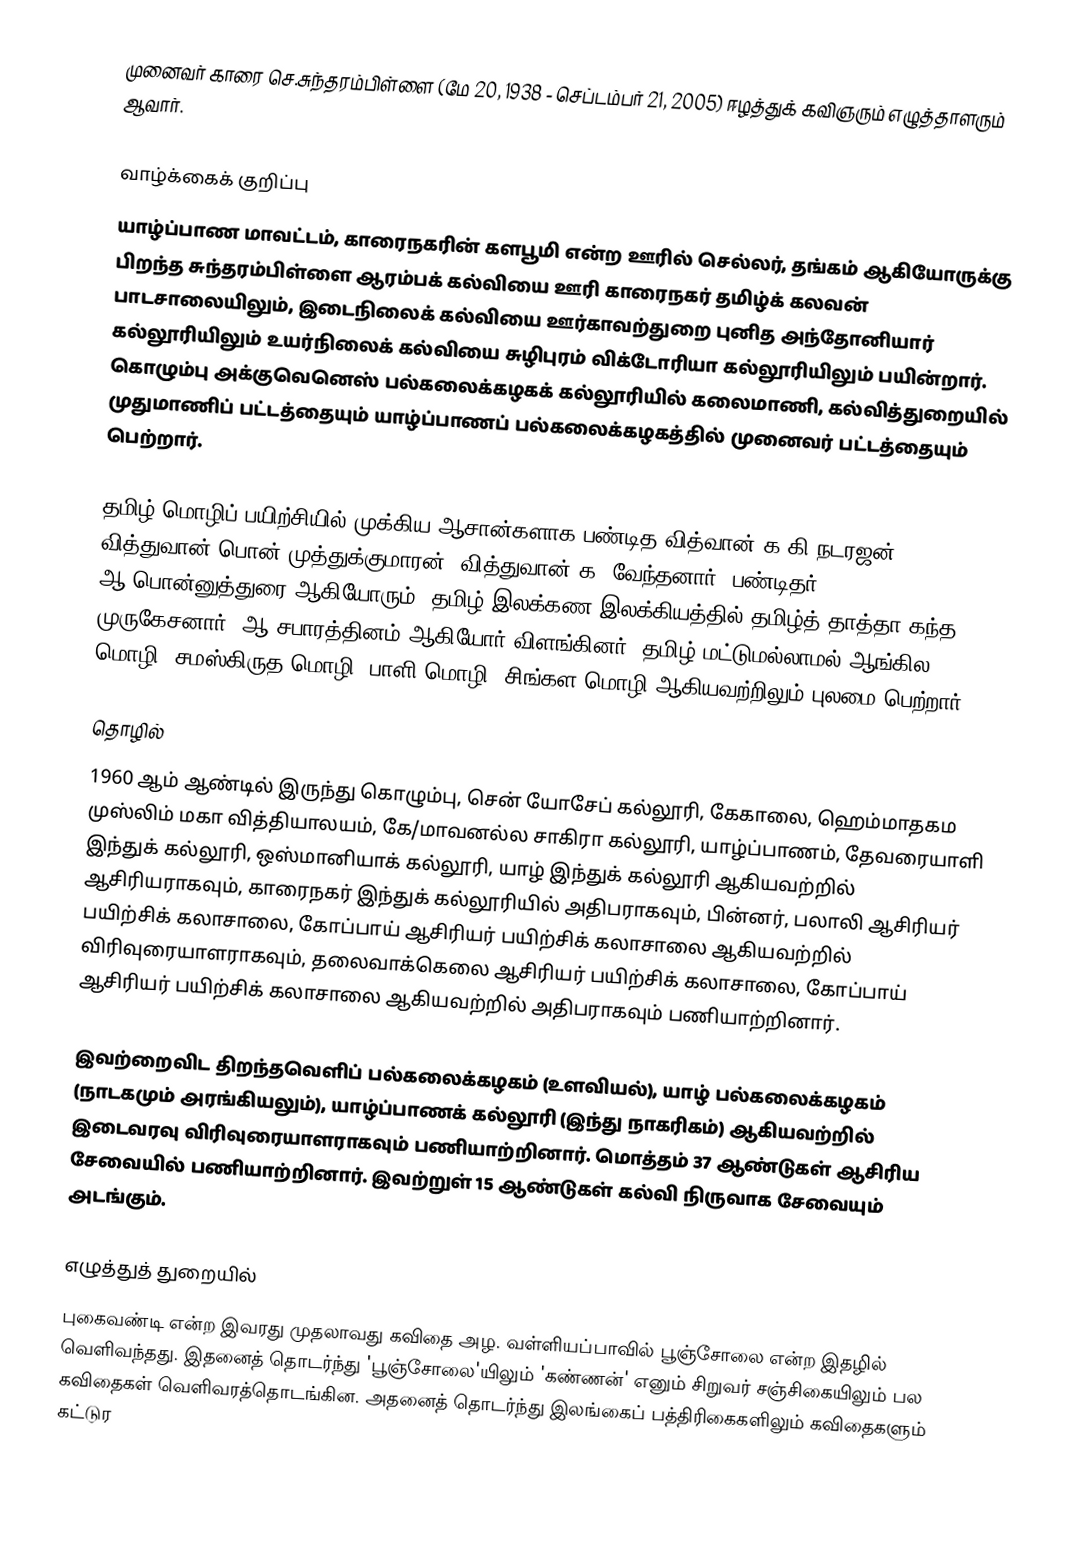
முனைவர் காரை செ.சுந்தரம்பிள்ளை (மே 20, 1938 - செப்டம்பர் 21, 2005) ஈழத்துக் கவிஞரும் எழுத்தாளரும் ஆவார்.

வாழ்க்கைக் குறிப்பு
யாழ்ப்பாண மாவட்டம், காரைநகரின் களபூமி என்ற ஊரில் செல்லர், தங்கம் ஆகியோருக்கு பிறந்த சுந்தரம்பிள்ளை ஆரம்பக் கல்வியை ஊரி காரைநகர் தமிழ்க் கலவன் பாடசாலையிலும், இடைநிலைக் கல்வியை ஊர்காவற்துறை புனித அந்தோனியார் கல்லூரியிலும் உயர்நிலைக் கல்வியை சுழிபுரம் விக்டோரியா கல்லூரியிலும் பயின்றார். கொழும்பு அக்குவெனெஸ் பல்கலைக்கழகக் கல்லூரியில் கலைமாணி, கல்வித்துறையில் முதுமாணிப் பட்டத்தையும் யாழ்ப்பாணப் பல்கலைக்கழகத்தில் முனைவர் பட்டத்தையும் பெற்றார்.

தமிழ் மொழிப் பயிற்சியில் முக்கிய ஆசான்களாக பண்டித வித்வான் க.கி.நடரஜன், வித்துவான் பொன் முத்துக்குமாரன், வித்துவான் க. வேந்தனார், பண்டிதர் ஆ.பொன்னுத்துரை ஆகியோரும், தமிழ் இலக்கண இலக்கியத்தில் தமிழ்த் தாத்தா கந்த முருகேசனார், ஆ.சபாரத்தினம் ஆகியோர் விளங்கினர். தமிழ் மட்டுமல்லாமல் ஆங்கில மொழி, சமஸ்கிருத மொழி, பாளி மொழி, சிங்கள மொழி ஆகியவற்றிலும் புலமை பெற்றார்.

தொழில்
1960 ஆம் ஆண்டில் இருந்து கொழும்பு, சென் யோசேப் கல்லூரி, கேகாலை, ஹெம்மாதகம முஸ்லிம் மகா வித்தியாலயம், கே/மாவனல்ல சாகிரா கல்லூரி, யாழ்ப்பாணம், தேவரையாளி இந்துக் கல்லூரி, ஒஸ்மானியாக் கல்லூரி, யாழ் இந்துக் கல்லூரி ஆகியவற்றில் ஆசிரியராகவும், காரைநகர் இந்துக் கல்லூரியில் அதிபராகவும், பின்னர், பலாலி ஆசிரியர் பயிற்சிக் கலாசாலை, கோப்பாய் ஆசிரியர் பயிற்சிக் கலாசாலை ஆகியவற்றில் விரிவுரையாளராகவும், தலைவாக்கெலை ஆசிரியர் பயிற்சிக் கலாசாலை, கோப்பாய் ஆசிரியர் பயிற்சிக் கலாசாலை ஆகியவற்றில் அதிபராகவும் பணியாற்றினார்.

இவற்றைவிட திறந்தவெளிப் பல்கலைக்கழகம் (உளவியல்), யாழ் பல்கலைக்கழகம் (நாடகமும் அரங்கியலும்), யாழ்ப்பாணக் கல்லூரி (இந்து நாகரிகம்) ஆகியவற்றில் இடைவரவு விரிவுரையாளராகவும் பணியாற்றினார். மொத்தம் 37 ஆண்டுகள் ஆசிரிய சேவையில் பணியாற்றினார். இவற்றுள் 15 ஆண்டுகள் கல்வி நிருவாக சேவையும் அடங்கும்.

எழுத்துத் துறையில்
புகைவண்டி என்ற இவரது முதலாவது கவிதை அழ. வள்ளியப்பாவில் பூஞ்சோலை என்ற இதழில் வெளிவந்தது. இதனைத் தொடர்ந்து 'பூஞ்சோலை'யிலும் 'கண்ணன்' எனும் சிறுவர் சஞ்சிகையிலும் பல கவிதைகள் வெளிவரத்தொடங்கின. அதனைத் தொடர்ந்து இலங்கைப் பத்திரிகைகளிலும் கவிதைகளும் கட்டுர